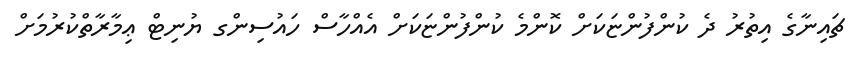
ޗައިނާގެ އިތުރު ދެ ކުންފުންޏަކަށް ކޮންމެ ކުންފުންޏަކަށް އެއްހާސް ހައުސިންގ ޔުނިޓް ޢިމާރާތްކުރުމަށް